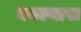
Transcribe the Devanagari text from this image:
बनल्यास